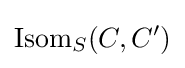
\mathrm {Isom} _{S}(C,C')